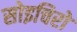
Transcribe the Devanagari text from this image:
सोइचिरो